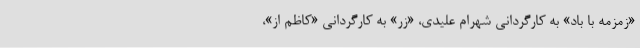
«زمزمه با باد» به کارگردانی شهرام علیدی، «زر» به کارگردانی «کاظم اُز»،